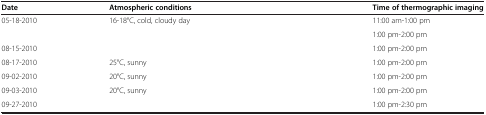
<table><thead><tr><td><b>Date</b></td><td><b>Atmospheric conditions</b></td><td><b>Time of thermographic imaging</b></td></tr></thead><tbody><tr><td>05-18-2010</td><td>16-18°C, cold, cloudy day</td><td>11:00 am-1:00 pm</td></tr><tr><td>[EMPTY_CELL]</td><td>[EMPTY_CELL]</td><td>1:00 pm-2:00 pm</td></tr><tr><td>08-15-2010</td><td>[EMPTY_CELL]</td><td>1:00 pm-2:00 pm</td></tr><tr><td>08-17-2010</td><td>25°C, sunny</td><td>1:00 pm-2:00 pm</td></tr><tr><td>09-02-2010</td><td>20°C, sunny</td><td>1:00 pm-2:00 pm</td></tr><tr><td>09-03-2010</td><td>20°C, sunny</td><td>1:00 pm-2:00 pm</td></tr><tr><td>09-27-2010</td><td>[EMPTY_CELL]</td><td>1:00 pm-2:30 pm</td></tr></tbody></table>